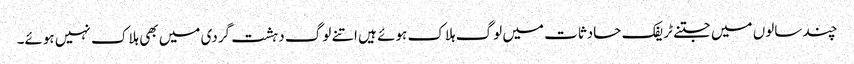
چند سالوں میں جتنے ٹریفک حادثات میں لوگ ہلاک ہوئے ہیں اتنے لوگ دہشت گردی میں بھی ہلاک نہیں ہوئے۔